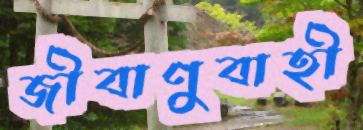
জীবাণুবাহী